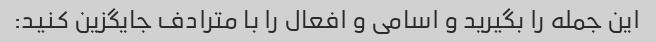
این جمله را بگیرید و اسامی و افعال را با مترادف جایگزین کنید: